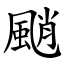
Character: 颵